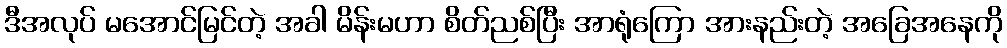
ဒီအလုပ် မအောင်မြင်တဲ့ အခါ မိန်းမဟာ စိတ်ညစ်ပြီး အာရုံကြော အားနည်းတဲ့ အခြေအနေကို